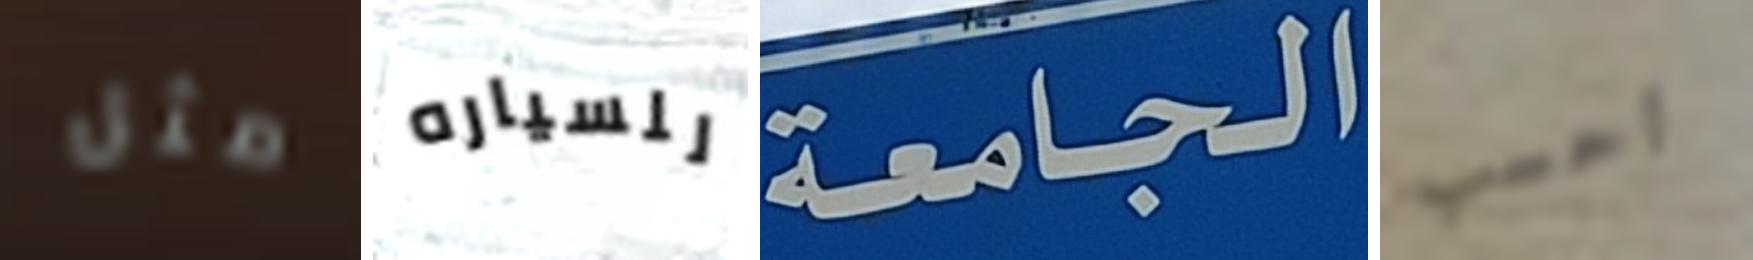
مثل للسياره الجامعة احسب